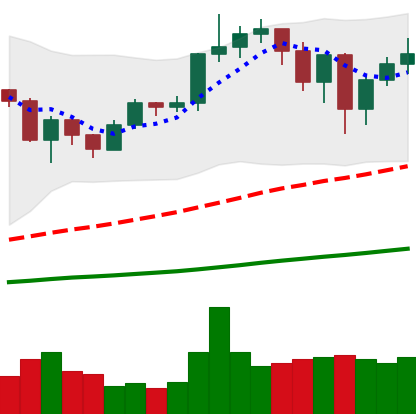
Ticker: ETH-USD
Chart end date: 2020-12-26
Forward return: 16.037%
Label: up_7plus